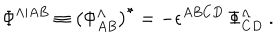
\Phi ^ { \Lambda \vert { A B } } \equiv \left( \Phi _ { A B } ^ { \Lambda } \right) ^ { \star } = - \epsilon ^ { A B C D } \, \Phi _ { C D } ^ { \Lambda } ~ .